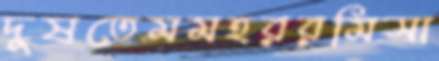
দুষতেমমহররমিসা